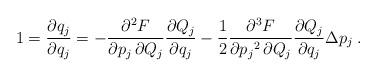
LaTeX: \begin{align*}1 = \frac{\partial q_j}{ \partial q_j} =- \frac{ \partial^2 F}{ \partial p_j \, \partial Q_j } \frac{ \partial Q_j}{\partial q_j} - \frac{1}{2} \frac{ \partial^3 F}{ \partial {p_j}^2 \,\partial Q_j} \frac{ \partial Q_j}{ \partial q_j } \Delta p_j \; .\end{align*}